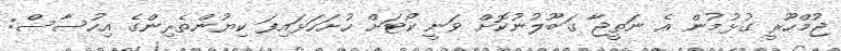
ޖުމްހޫރީ ގުޅުމުން އެ ނަތީޖާ ގަބޫލުނުކޮށް ވަނީ ކޯޓަށް ހުށަހަޅައިފަ ކިޔުންތެރިންގެ އިހުސާސް: